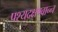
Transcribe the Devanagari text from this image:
पश्यदक्षण्वान्न